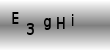
Text: E3gHi